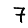
Digit: 7